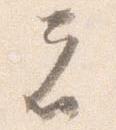
者